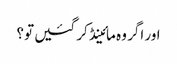
اور اگر وہ مائینڈ کر گئیں تو؟